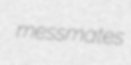
messmates